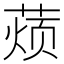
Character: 𮐚